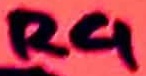
Text: R4